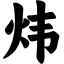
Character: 炜